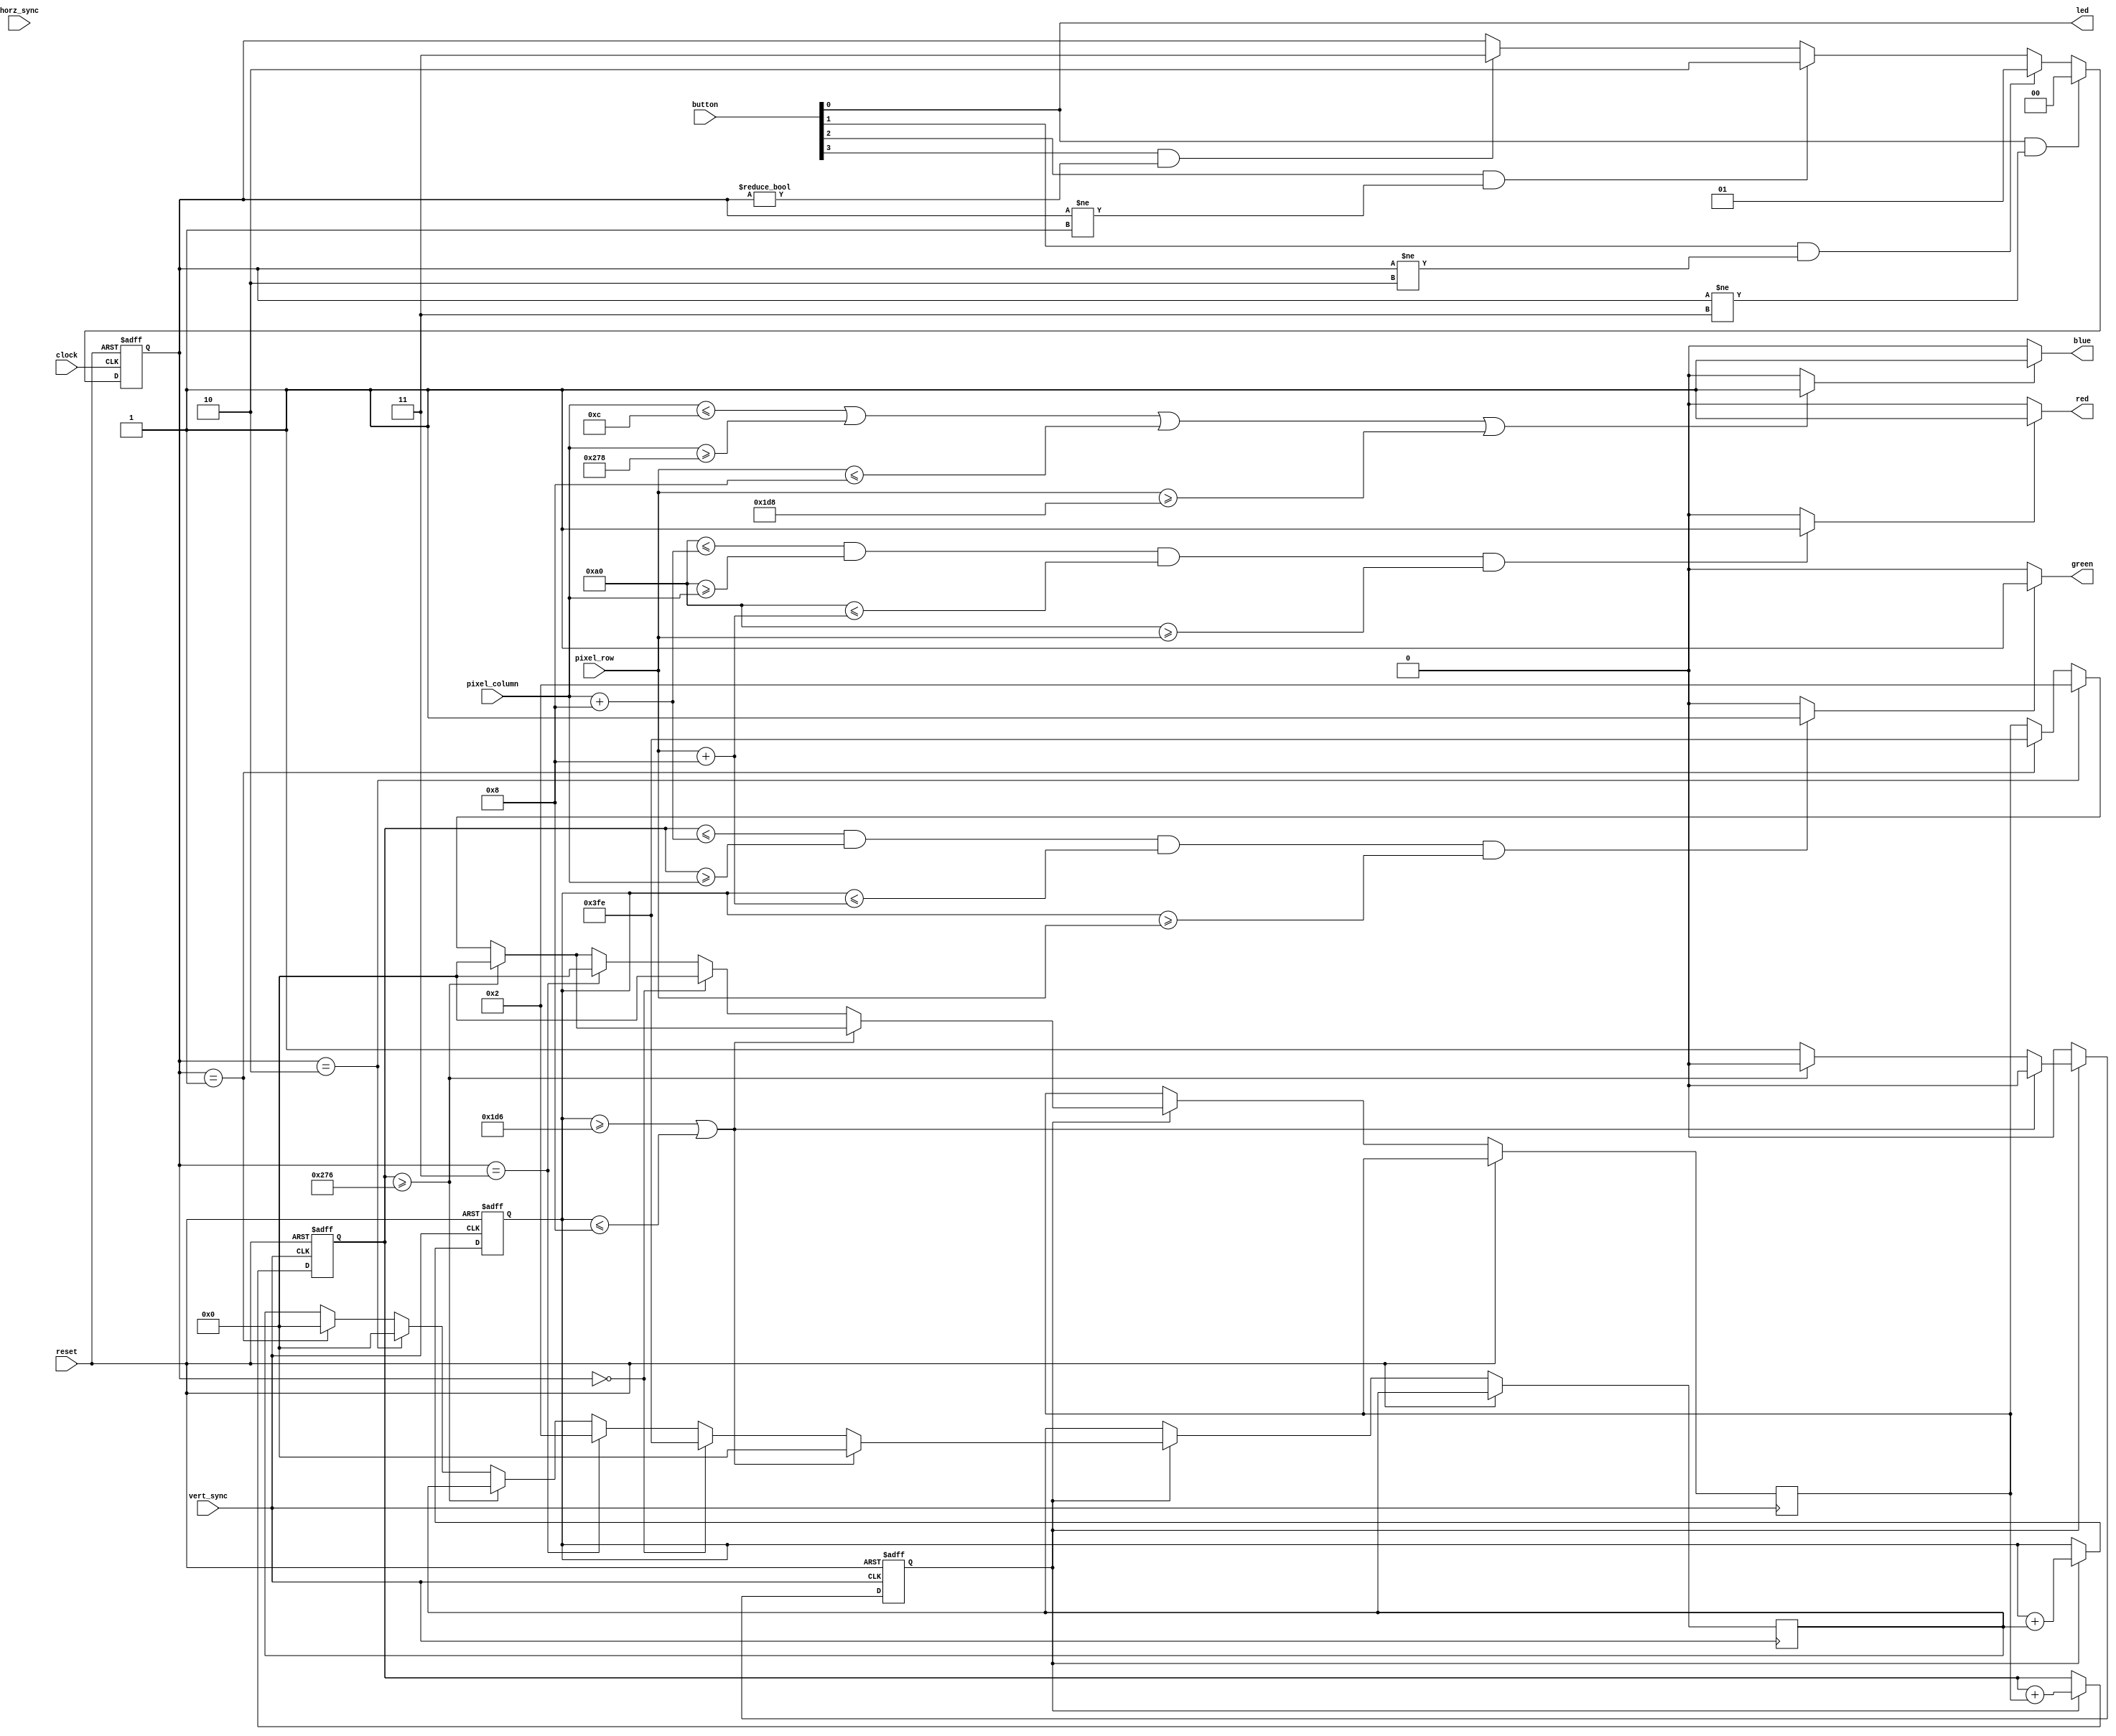
module snake_head (
  input [9:0] pixel_row, pixel_column,
  input vert_sync, horz_sync,
  input reset,
  input [3:0] button,
  input clock,
  output red, green, blue,
  output led
);
  //apple setup
  wire [9:0] apple_size, apple_x_pos, apple_y_pos;
  reg apple_on;
  // fix the size and  position
  assign apple_size = 10'd8;
  assign apple_x_pos = 10'd160;
  assign apple_y_pos = 10'd160;
  
  always @(*) begin
    if ((apple_x_pos <= (pixel_column + apple_size)) && (apple_x_pos >= pixel_column) && (apple_y_pos <= (pixel_row + apple_size)) && ((apple_y_pos) >= pixel_row)) begin
      apple_on = 1'b1;
    end else begin
      apple_on = 1'b0;
      end
  end
  // only if showing apple display red
  assign red = (apple_on) ? 1'b1 : 1'b0;
  
////snake setup////////////////////////////////////////////////////////////////////////////////////
    assign led = button[0];
  wire [9:0] snake_len;
  assign snake_len = 10'd8;
  wire [9:0] snake_wid;
  assign snake_wid = 10'd8; 
  reg [9:0] snake_x_motion, snake_x_pos;
  reg [9:0] snake_y_pos, snake_y_motion;
  reg snake_on;
  reg [1:0] direction;
//  assign snake_y_pos = 10'd240;
  reg end_game = 1;
  
  //assign buttons
  always @(posedge clock or posedge reset) begin
    if(reset) direction <= 2'b10; //default: go right
    else begin
        if(button[0] && (direction != 2'b11)) begin //if up button and not going down
            direction <= 2'b00;
        end
        else if (button[1] && (direction != 2'b10)) begin //if left button and not going right
            direction <= 2'b01;
        end
        else if (button[2] && (direction != 2'b01)) begin //if right button and not going left
            direction <= 2'b10;
        end
        else if (button[3] && (direction != 2'b00)) begin //if down button and not going up
            direction <= 2'b11;
        end
    end
  end
  
  // generate motion and vertical position of the ball
  always @ (posedge vert_sync or posedge reset) begin //vert_sync is inversed so posedge is when not in sync
      if(reset)begin 
        snake_x_pos <= 10'd12;
        snake_y_pos <= 10'd240;
        end_game <= 1'b1;
      end
      else if(end_game == 1'b1) begin
          if (snake_x_pos >= (630)) begin //hits right edge
              snake_x_motion <= 10'd0;
              end_game <= 1'b0;          
          end 
          else if (direction == 2'b10) begin //move right
              snake_x_motion <= 10'd2;
              snake_y_motion <= 10'd0;
          end
          else if (direction == 2'b01) begin //move left
              snake_x_motion <= -10'd2;
              snake_y_motion <= 10'd0;
          end        
          if (snake_y_pos >= (10'd470) || snake_y_pos <= 10'd8) begin //hits top or bottom
              snake_y_motion <= 10'd0;
              end_game <= 1'b0;          
          end 
          else if (direction == 2'b00) begin //move up
              snake_y_motion <= -10'd2;
              snake_x_motion <= 10'd0;
          end
          else if (direction == 2'b11) begin //move down
              snake_y_motion <= 10'd2;
              snake_x_motion <= 10'd0;
          end
        snake_x_pos <= snake_x_pos + snake_x_motion;
        snake_y_pos <= snake_y_pos + snake_y_motion;
        end
  end

  // based on the current pixels and the current position of the snake, determine whether you should show the snake or the background
  always @ (*) begin
//    if(snake_x_pos <= 10'd12) flag = 1'b1;
    if ((snake_x_pos <= (pixel_column + snake_wid)) && (snake_x_pos >= pixel_column) && (snake_y_pos <= (pixel_row + snake_len)) && ((snake_y_pos) >= pixel_row)) begin
      snake_on = 1'b1;
    end else begin
      snake_on = 1'b0;
    end
  end
  
  // show snake where it should be and disappear when the game ends
  assign green = (snake_on) ? 1'b1 : 1'b0;
  
  //border//////////////////////////////////////////////////////////
  reg border_on;
  wire [9:0] left;
  wire [9:0] right;
  wire [9:0] top;
  wire [9:0] bottom;
  assign left = 10'd12;
  assign right = 10'd632;
  assign top = 10'd8;
  assign bottom = 10'd472;
    always @ (*) begin
    if(pixel_column <= left || pixel_column >= right || pixel_row <= top || pixel_row >= bottom) begin  
      border_on = 1'b1;
    end else begin
      border_on = 1'b0;
    end
  end
  assign blue = (border_on) ? 1'b1 : 1'b0;

endmodule